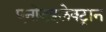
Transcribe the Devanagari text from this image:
एनोडइलेक्ट्रान